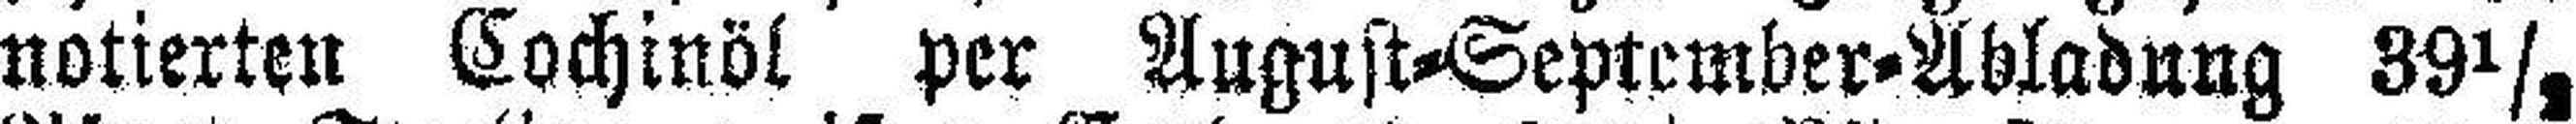
notierten Cochinöl per August=September=Abladung 39½